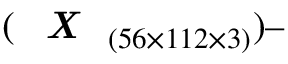
( \textit { \textbf { X } } _ { ( 5 6 \times 1 1 2 \times 3 ) } ) –